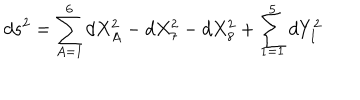
d s ^ { 2 } = \sum _ { A = 1 } ^ { 6 } d X _ { A } ^ { 2 } - d X _ { 7 } ^ { 2 } - d X _ { 8 } ^ { 2 } + \sum _ { I = 1 } ^ { 5 } d Y _ { I } ^ { 2 }